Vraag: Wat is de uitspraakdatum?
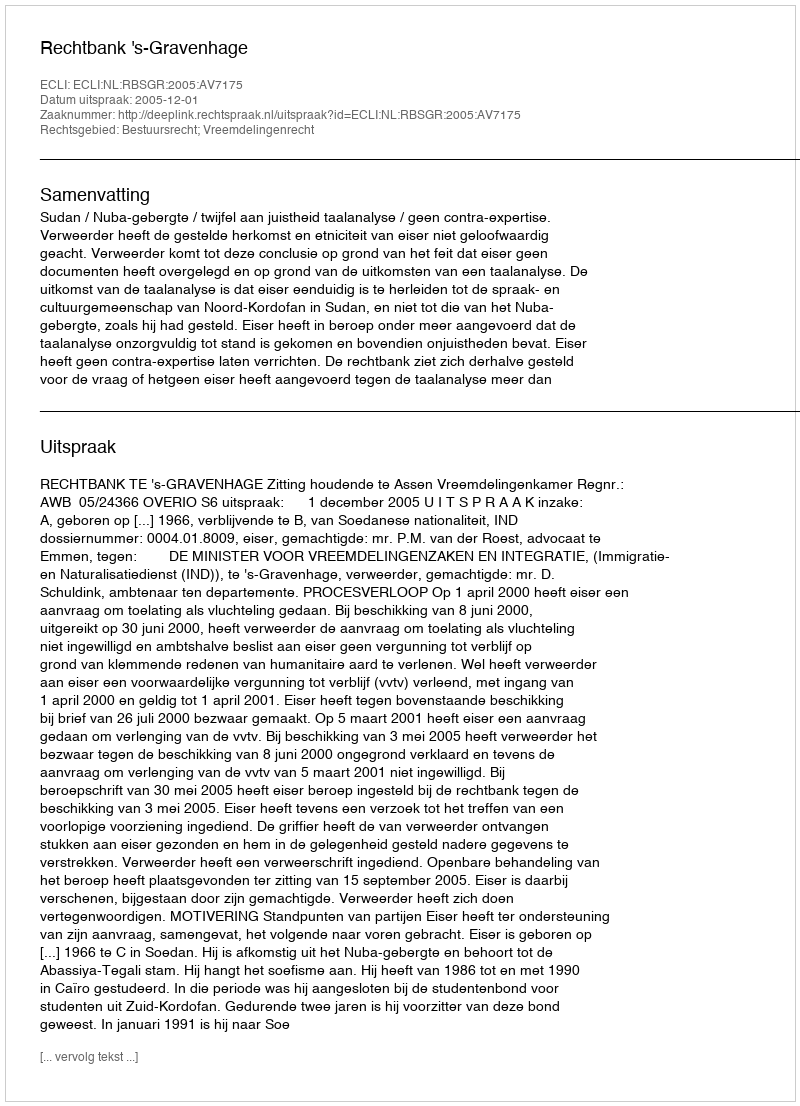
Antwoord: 2005-12-01